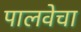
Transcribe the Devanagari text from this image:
पालवेचा